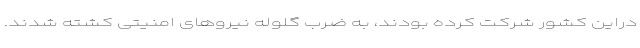
دراین کشور شرکت کرده بودند، به ضرب گلوله نیروهای امنیتی کشته شدند.